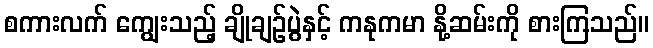
စကားလက် ကျွေးသည့် ချိုချဉ်ပွဲနှင့် ကနုကမာ နို့ဆမ်းကို စားကြသည်။